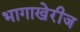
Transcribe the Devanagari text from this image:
भागाखेरीज